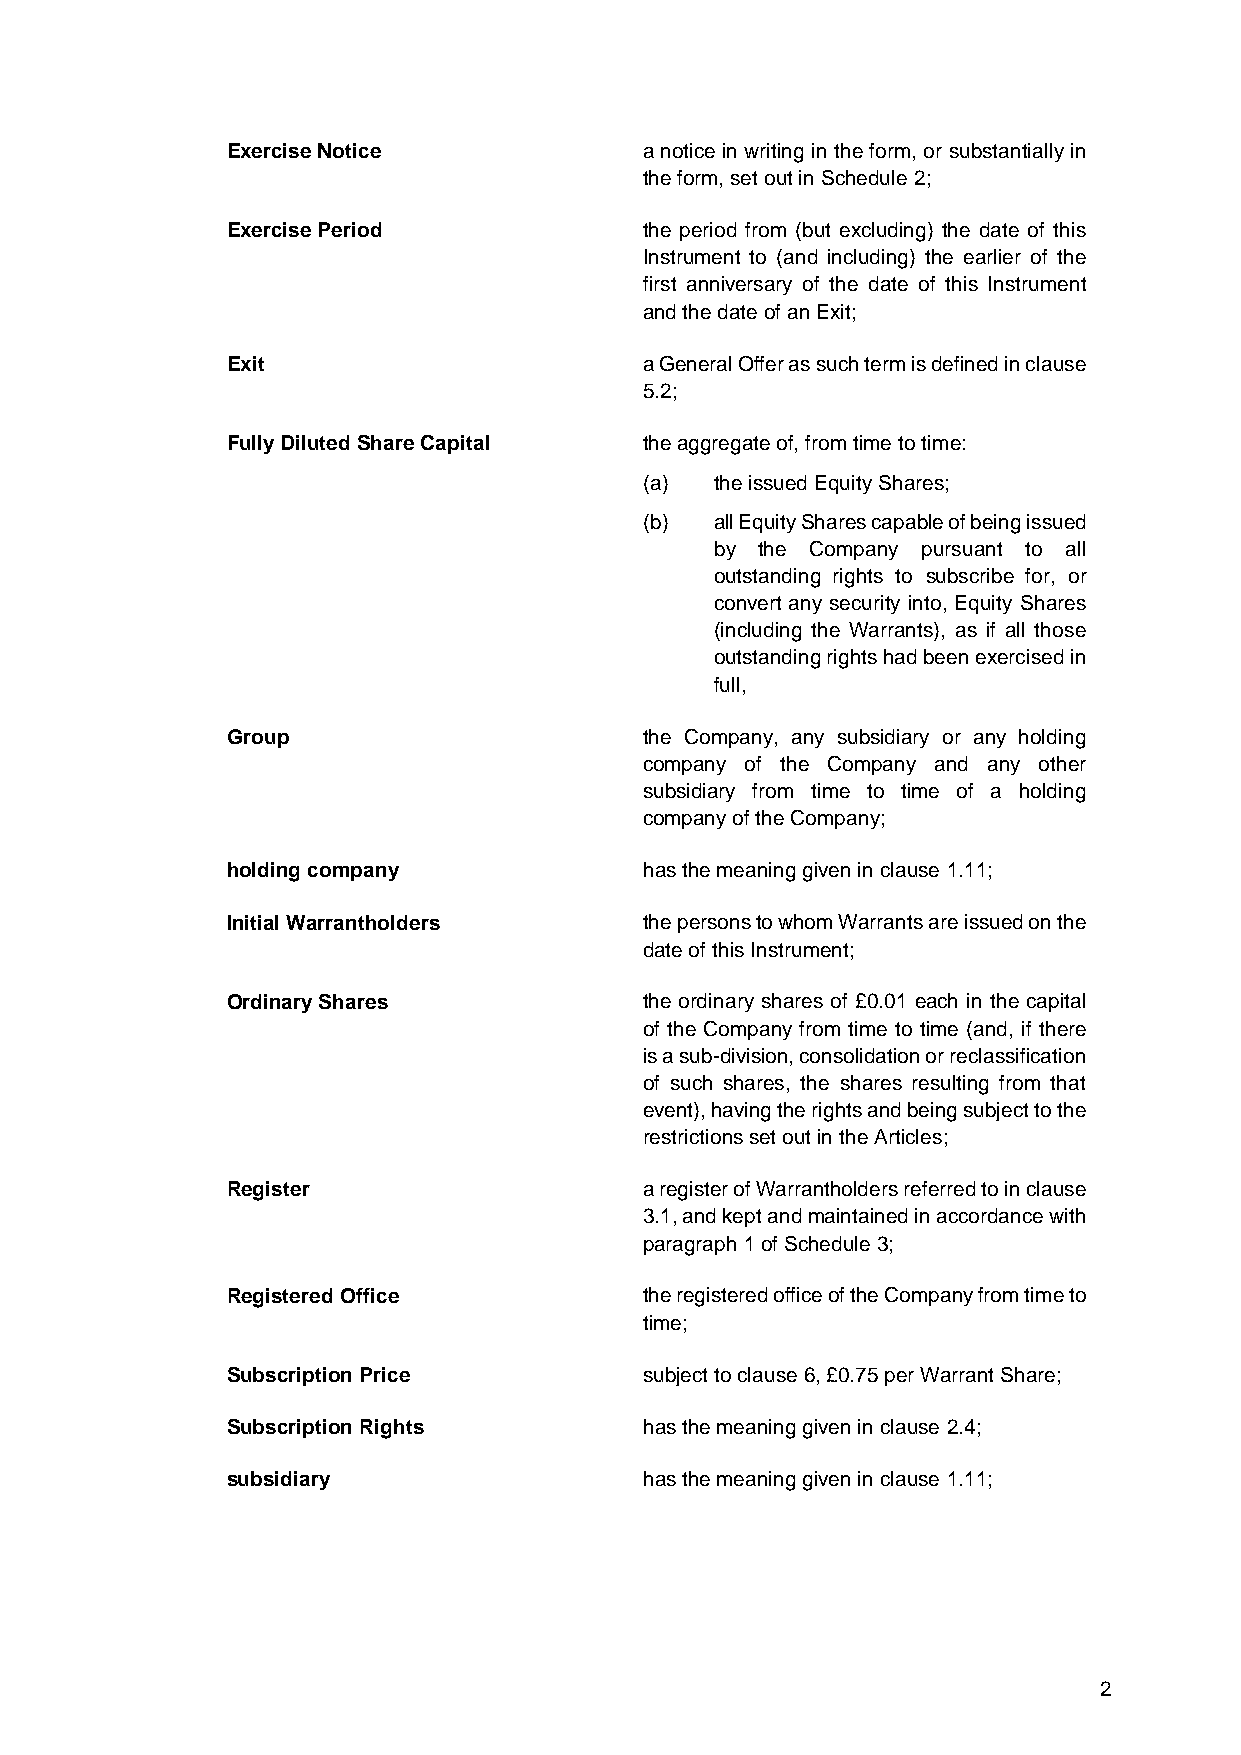
Exercise Notice             a notice in writing in the form, or substantially in
 the form, set out in Schedule 2;
 Exercise Period             the period from (but excluding) the date of this
 Instrument to (and including) the earlier of the
 first anniversary of the date of this Instrument
 and the date of an Exit;
 Exit                        a General Offer as such term is defined in clause
 5.2;
 Fully Diluted Share Capital the aggregate of, from time to time:
 (a) the issued Equity Shares;
 (b) all Equity Shares capable of being issued
 by the Company pursuant to all
 outstanding rights to subscribe for, or
 convert any security into, Equity Shares
 (including the Warrants), as if all those
 outstanding rights had been exercised in
 full,
 Group                       the Company, any subsidiary or any holding
 company of the Company and any other
 subsidiary from time to time of a holding
 company of the Company;
 holding company             has the meaning given in clause 1.11;
 Initial Warrantholders      the persons to whom Warrants are issued on the
 date of this Instrument;
 Ordinary Shares             the ordinary shares of £0.01 each in the capital
 of the Company from time to time (and, if there
 is a sub-division, consolidation or reclassification
 of such shares, the shares resulting from that
 event), having the rights and being subject to the
 restrictions set out in the Articles;
 Register                    a register of Warrantholders referred to in clause
 3.1, and kept and maintained in accordance with
 paragraph 1 of Schedule 3;
 Registered Office           the registered office of the Company from time to
 time;
 Subscription Price          subject to clause 6, £0.75 per Warrant Share;
 Subscription Rights         has the meaning given in clause 2.4;
 subsidiary                  has the meaning given in clause 1.11;
 2